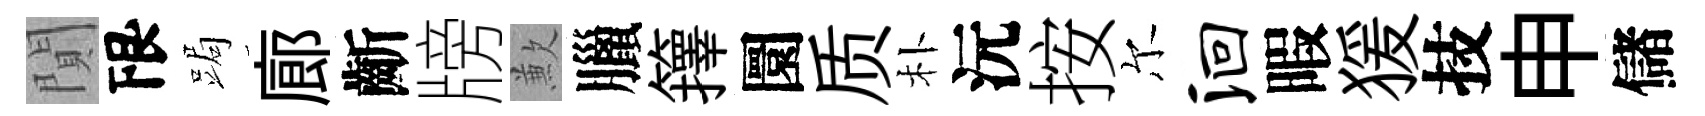
閴限跼廊齗牓歉臘籜圜质朴沅按尔洄暇猨技申儲